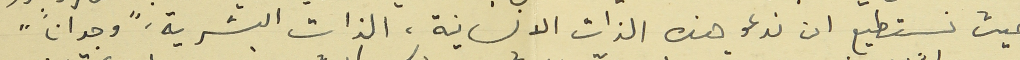
حيث نستطيع ان ندعو هذه الذات الانسانية، الذات البشرية، "وجداناً"